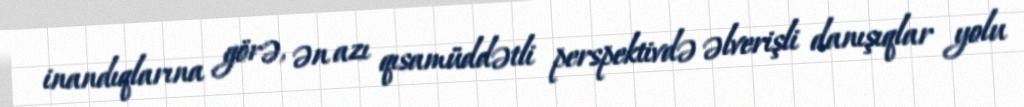
inandıqlarına görə, ən azı qısamüddətli perspektivdə əlverişli danışıqlar yolu